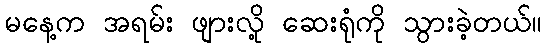
မနေ့က အရမ်း ဖျားလို့ ဆေးရုံကို သွားခဲ့တယ်။